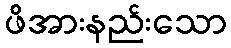
ဖိအားနည်းသော